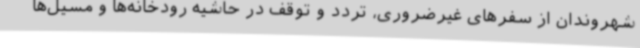
شهروندان از سفرهای غیرضروری، تردد و توقف در حاشیه رودخانه‌ها و مسیل‌ها